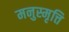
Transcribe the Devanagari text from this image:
मनुस्मृत्ति